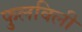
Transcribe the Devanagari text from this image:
फुलविली